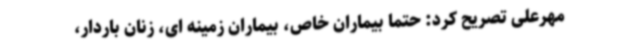
مهرعلی تصریح کرد: حتما بیماران خاص، بیماران زمینه ای، زنان باردار،